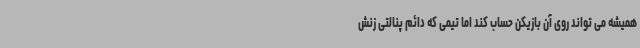
همیشه می تواند روی آن بازیکن حساب کند اما تیمی که دائم پنالتی زنش